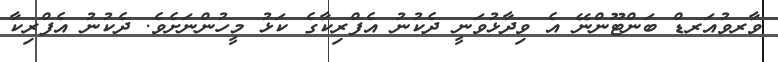
ވާރވުއަރޑް ބަންޓޫންނޭ އެ ވިދާޅުވަނީ ދެކުނު އެފްރިކާގެ ކަޅު މީހުންނަށެވެ. ދެކުނު އެފްރިކާ